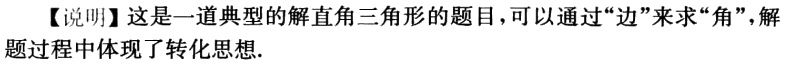
【说明】这是一道典型的解直角三角形的题目，可以通过“边”来求“角”，解题过程中体现了转化思想.